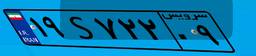
۱۹S۷۲۲۰۹